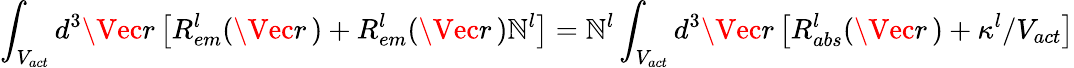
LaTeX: \int_{V_{act}}d^{3}\Vec{r}\, \big[R_{em}^{l}(\Vec{r}\, )+R_{em}^{l}(\Vec{r}\, )\mathbb{N}_{}^{l}\big]=\mathbb{N}_{}^{l}\int_{V_{act}}d^{3}\Vec{r}\, \big[R_{abs}^{l}(\Vec{r}\, )+\kappa^{l}/V_{act}\big]